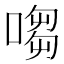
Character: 㗙